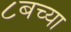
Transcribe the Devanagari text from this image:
८बच्या